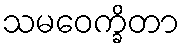
သမဝေက္ခိတာ